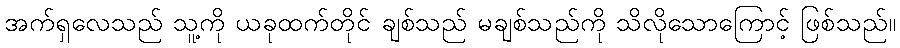
အက်ရှလေသည် သူ့ကို ယခုထက်တိုင် ချစ်သည် မချစ်သည်ကို သိလိုသောကြောင့် ဖြစ်သည်။